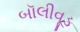
બૉલીવૂડ